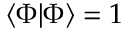
\langle \Phi | \Phi \rangle = 1